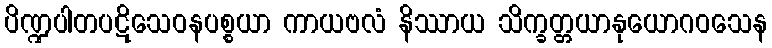
ပိဏ္ဍပါတပဋိသေဝနပစ္စယာ ကာယဗလံ နိဿာယ သိက္ခတ္တယာနုယောဂဝသေန